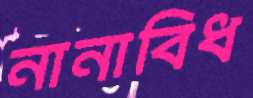
নানাবিধ